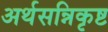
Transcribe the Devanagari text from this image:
अर्थसन्निकृष्ट